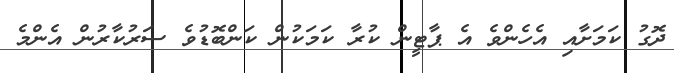
ދޮގު ކަމަށާއި އެހެންވެ އެ ޕާޓީން ކުރާ ކަމަކުން ކަންބޮޑުވެ ސަރުކާރުން އެންމެ